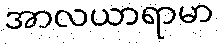
အာလယာရာမာ